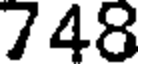
748